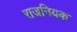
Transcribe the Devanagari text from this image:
राजनियक